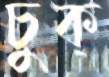
চুক্